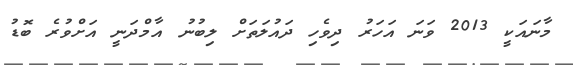
މާނައަކީ 2013 ވަނަ އަހަރު ދިވެހި ދައުލަތަށް ލިބުނު އާމްދަނީ އަށްވުރެ ބޮޑު